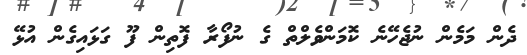
ދެން މަމެން ނުޖެހޭނެ ކޮމަންވެލްތް ގެ ނުފޯރާ ފޮތިން ފޫ ގަޅައިގެން އުޅޭ